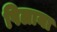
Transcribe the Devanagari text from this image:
पिलाया